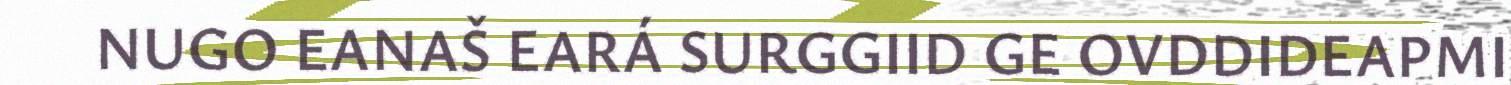
NUGO EANAŠ EARÁ SURGGIID GE OVDDIDEAPMI